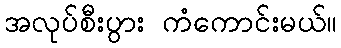
အလုပ်စီးပွား ကံကောင်းမယ်။